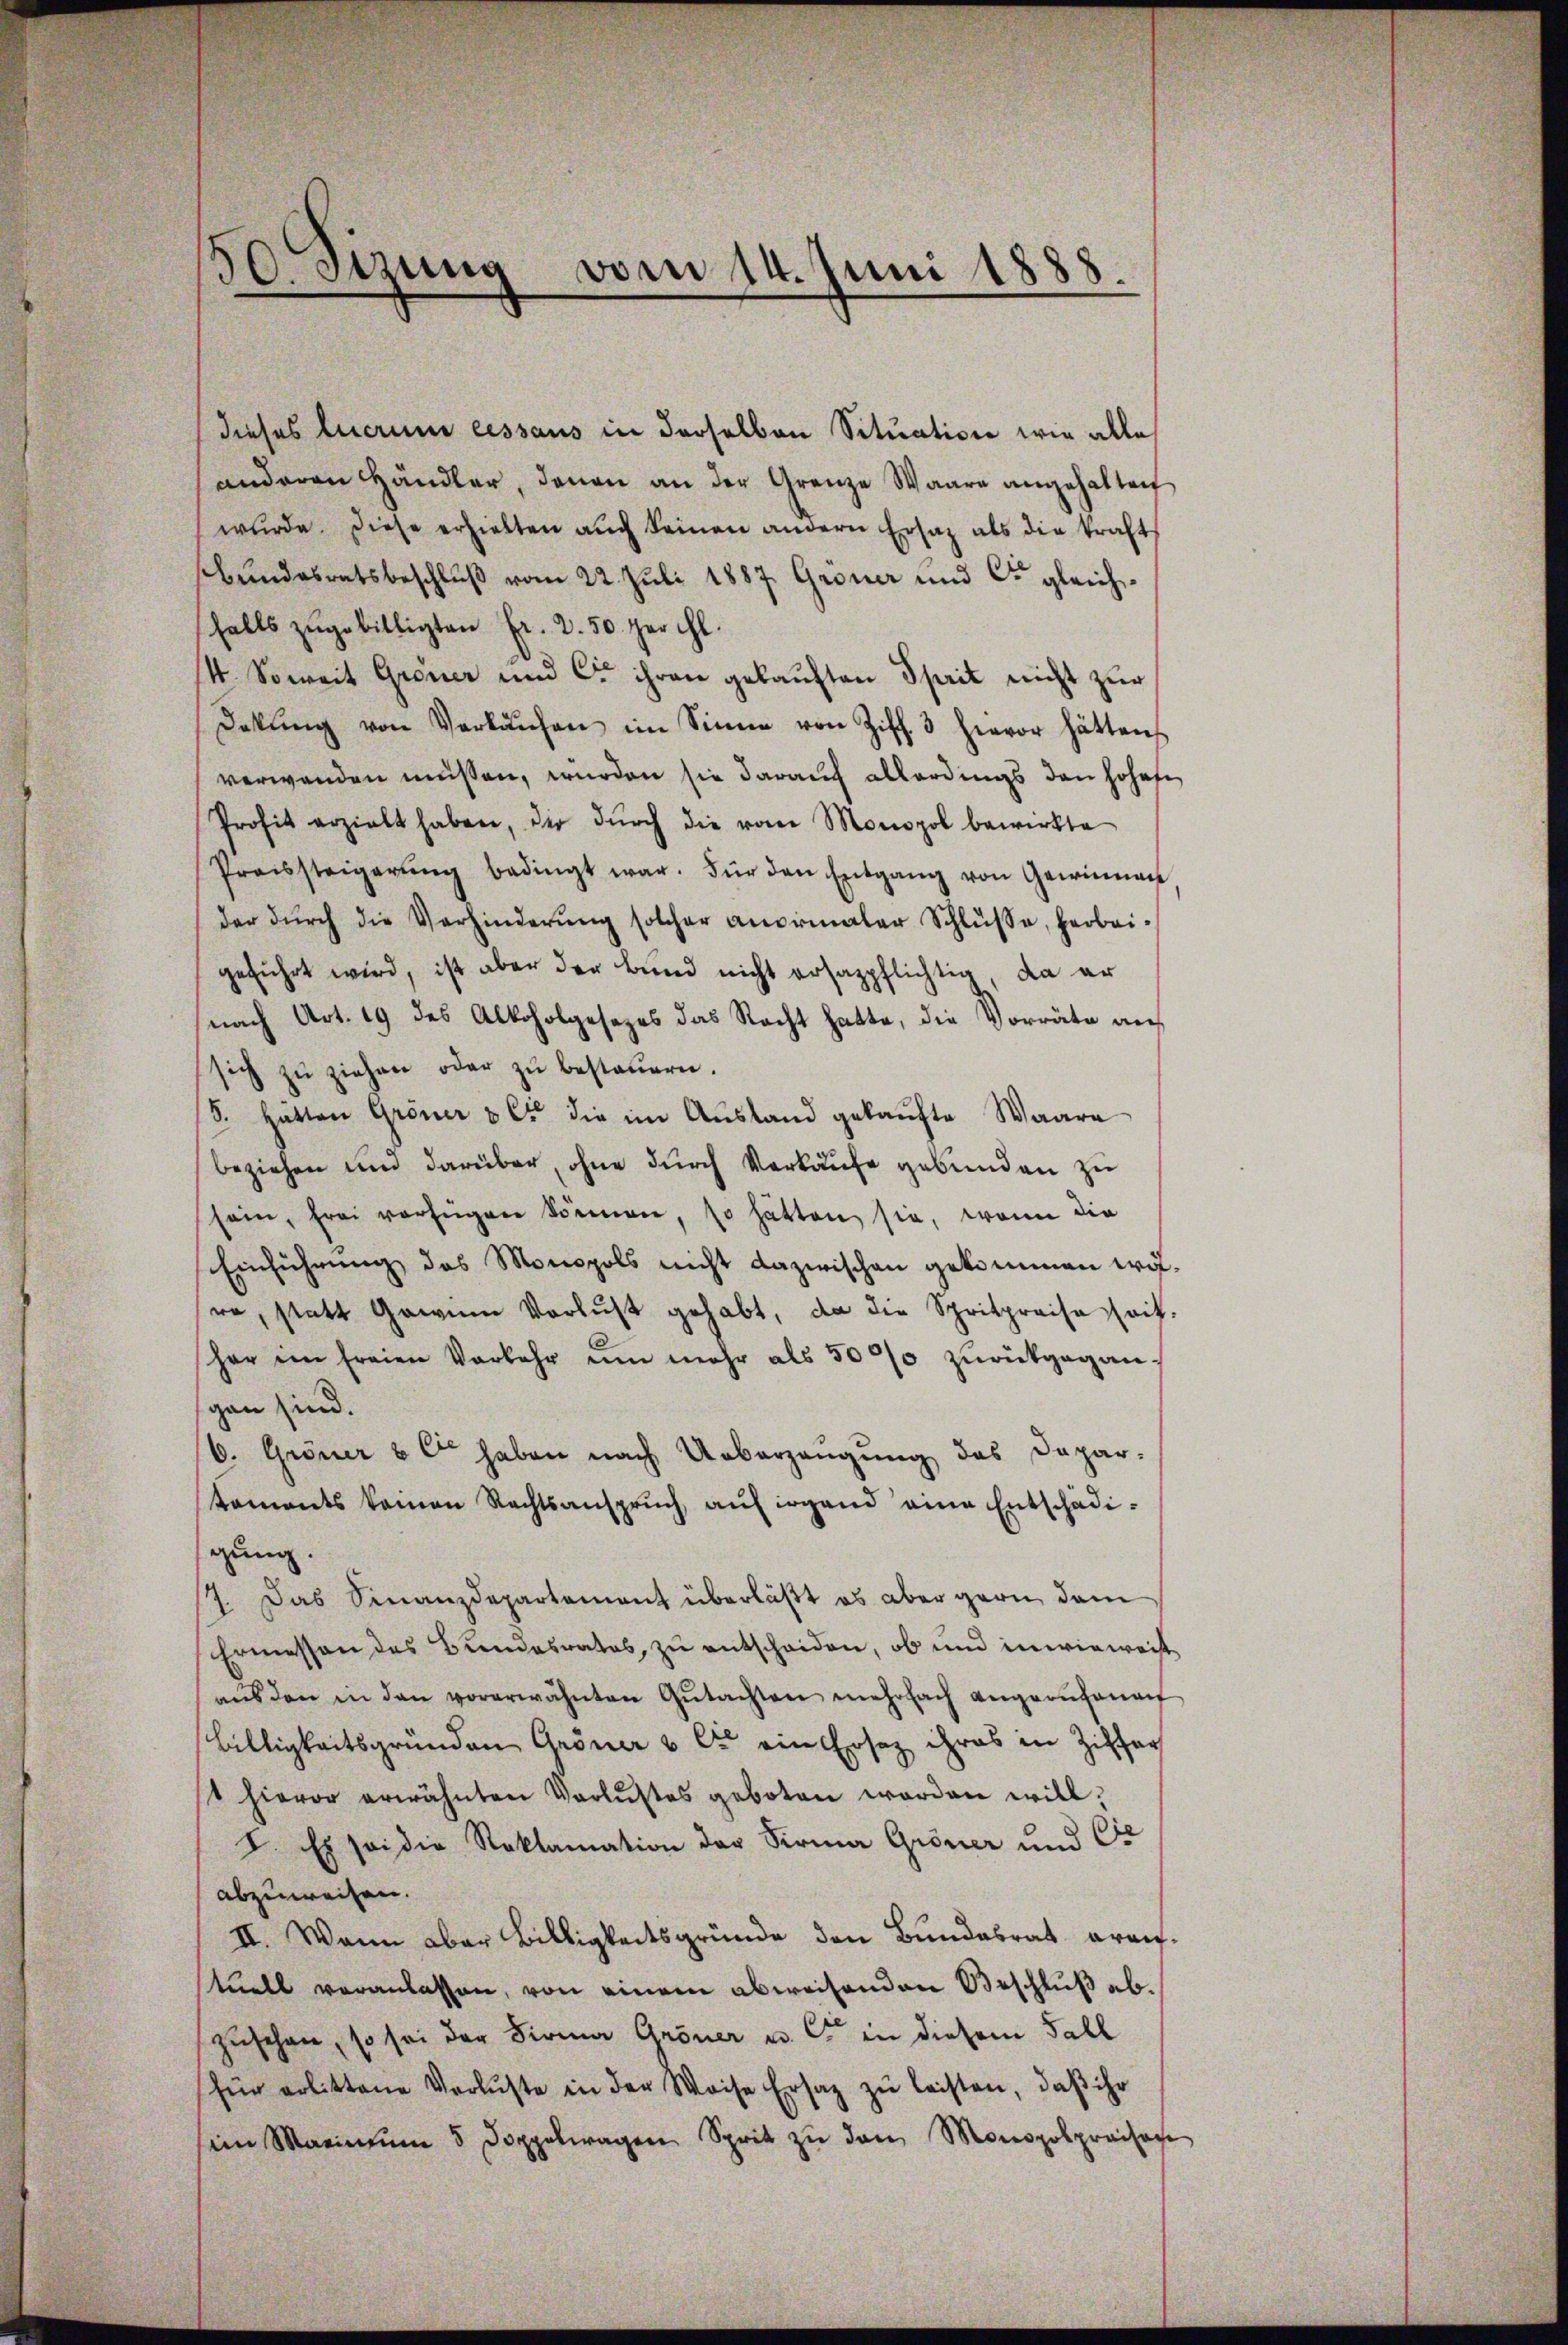
dieses luerime cessaus in derselben Situation wie alle
anderen Händler, denen an der Grenze Waare angehalten
wŭrde. Diese erhielten aŭch keinen andern Ersatz als die kraft
bundesratsbeschluß vom 22. Juli 1887 Gröner und Co gleichfalls zŭgebilligten Fr. 2. 50 per chl.
4. Soweit Grener und Cie ihren gekauften Sprit nicht zur
Dekŭng von Verkaŭfen im Sinne von Ziff. 3 hievor hätten
verwanden müssen, wurden sie darauf allerdings den hohofe
Profit erzielt haben, der dŭrch die vom Monopol bewirkte
Preissteigerŭng bedingt war. Für den Entgang von Gewinnen
der dŭrch die Verhinderŭng solcher anormaler Schlüsse, herbei-
geführt wird, ist aber der Bund nicht ersazpflichtig, da er
nach Art. 19 des Alkoholgesezes das Recht hatte, die Vorräte ansich zŭ ziehen oder zu besteuern.
8. Hätten Gröner & Cie die im Ausland gekaŭfte Waare
beziehen und darüber, ohne durch Verkäufe gebunden zu
sein, frei verfügen können, so hätten sie, wenn die
Einführung des Monopols nicht dazwischen gekommen wolre, statt Gewinn Verlust gehabt, da die Spritpreise seit-
her im freien Vorkehr um mehr als 5000 zŭrückgegangan sind.
6. Gröner & C haben nach Ueberzeugung des Depar-
tements keinen Rechtsanspruch, auf irgend eine Entschädigung.
/7. Das Finanzdepartement überläßt es aber garn, dem
Ermessen des Bundesrates, zu entscheiden, ob und inwieweist
aŭs den in den vorerwähnten Gŭtachten mehrfach angerŭfena
billigkeitsgründen Gröner & Cie ein Ersatz ihres in Ziffer
st hievor erwähnten Verlustes geboten worden will,
I. Es sei die Reklamation der Sirma Gröner und Cie
abzuweisen.
II. Wenn aber Billigkeitsgründe den Bundesrat greifstuell veranlassen, von einem abweisenden Beschluß ab.
zusehen, so sei der Firma Gröner u. C in diesem Fall
für erlittene Verluste in der Weise Ersatz zŭ leisten, daβ ihr
sein Marinium 5 Doppelwagen Sprit zu den Monopobpreisafe

50. Sizung vom 14. Juni 1888.